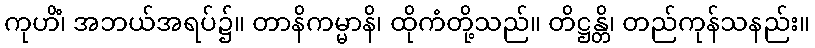
ကုဟိံ၊ အဘယ်အရပ်၌။ တာနိကမ္မာနိ၊ ထိုကံတို့သည်။ တိဋ္ဌန္တိ၊ တည်ကုန်သနည်း။